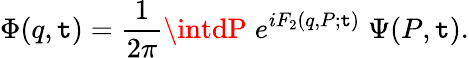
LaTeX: \Phi(q,\mathtt{t})=\frac{1}{{2\pi}}\intdP\; e^{iF_{2}(q,P;\mathtt{t})}\; \Psi(P,\mathtt{t}).